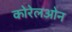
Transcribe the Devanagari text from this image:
कोरेलओन